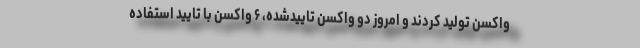
واکسن تولید کردند و امروز دو واکسن تاییدشده، ۶ واکسن با تایید استفاده